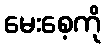
မေးစေ့ကို